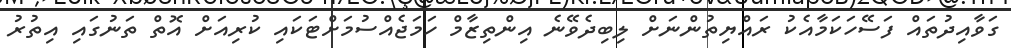
ގަވާއިދުތައް ފަސޭހަކަމާއެކު ރައްޔިތުންނަށް ލިބިދެވޭނެ އިންތިޒާމް ހަމަޖެއްސުމަށްޓަކައި ކުރިއަށް އޮތް ތަނުގައި އިތުރު